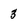
Character: 3